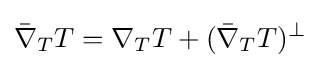
{\bar {\nabla }}_{T}T=\nabla _{T}T+({\bar {\nabla }}_{T}T)^{\perp }